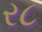
ર૮